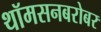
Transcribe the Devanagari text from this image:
थॉमसनबरोबर